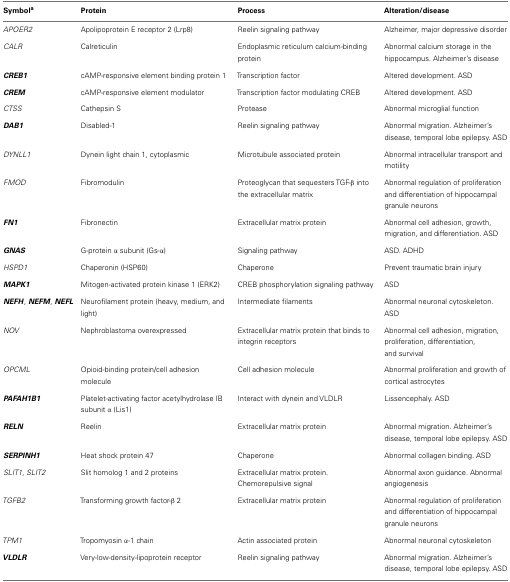
| Symbola | Protein | Process | Alteration/disease |
 | --- | --- | --- | --- |
 | APOER2 | Apolipoprotein E receptor 2 (Lrp8) | Reelin signaling pathway | Alzheimer, major depressive disorder |
 | CALR | Calreticulin | Endoplasmic reticulum calcium-binding protein | Abnormal calcium storage in the hippocampus. Alzheimer’s disease |
 | CREB1 | cAMP-responsive element binding protein 1 | Transcription factor | Altered development. ASD |
 | CREM | cAMP-responsive element modulator | Transcription factor modulating CREB | Altered development. ASD |
 | CTSS | Cathepsin S | Protease | Abnormal microglial function |
 | DAB1 | Disabled-1 | Reelin signaling pathway | Abnormal migration. Alzheimer’s disease, temporal lobe epilepsy. ASD |
 | DYNLL1 | Dynein light chain 1, cytoplasmic | Microtubule associated protein | Abnormal intracellular transport and motility |
 | FMOD | Fibromodulin | Proteoglycan that sequesters TGF-β into the extracellular matrix | Abnormal regulation of proliferation and differentiation of hippocampal granule neurons |
 | FN1 | Fibronectin | Extracellular matrix protein | Abnormal cell adhesion, growth, migration, and differentiation. ASD |
 | GNAS | G-protein α subunit (Gs-α) | Signaling pathway | ASD. ADHD |
 | HSPD1 | Chaperonin (HSP60) | Chaperone | Prevent traumatic brain injury |
 | MAPK1 | Mitogen-activated protein kinase 1 (ERK2) | CREB phosphorylation signaling pathway | ASD |
 | NEFH, NEFM, NEFL | Neurofilament protein (heavy, medium, and light) | Intermediate filaments | Abnormal neuronal cytoskeleton. ASD |
 | NOV | Nephroblastoma overexpressed | Extracellular matrix protein that binds to integrin receptors | Abnormal cell adhesion, migration, proliferation, differentiation,and survival |
 | OPCML | Opioid-binding protein/cell adhesion molecule | Cell adhesion molecule | Abnormal proliferation and growth of cortical astrocytes |
 | PAFAH1B1 | Platelet-activating factor acetylhydrolase IB subunit α (Lis1) | Interact with dynein and VLDLR | Lissencephaly. ASD |
 | RELN | Reelin | Extracellular matrix protein | Abnormal migration. Alzheimer’s disease, temporal lobe epilepsy. ASD |
 | SERPINH1 | Heat shock protein 47 | Chaperone | Abnormal collagen binding. ASD |
 | SLIT1, SLIT2 | Slit homolog 1 and 2 proteins | Extracellular matrix protein. Chemorepulsive signal | Abnormal axon guidance. Abnormal angiogenesis |
 | TGFB2 | Transforming growth factor-β 2 | Extracellular matrix protein | Abnormal regulation of proliferation and differentiation of hippocampal granule neurons |
 | TPM1 | Tropomyosin α-1 chain | Actin associated protein | Abnormal neuronal cytoskeleton |
 | VLDLR | Very-low-density-lipoprotein receptor | Reelin signaling pathway | Abnormal migration. Alzheimer’s disease, temporal lobe epilepsy. ASD |